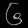
Digit: ၆